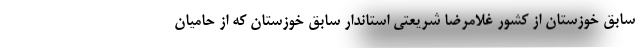
سابق خوزستان از کشور غلامرضا شریعتی استاندار سابق خوزستان که از حامیان